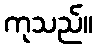
ကုသည်။